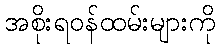
အစိုးရဝန်ထမ်းများကို